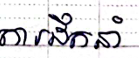
ការដឹកនាំ